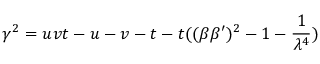
\gamma ^ { 2 } = u v t - u - v - t - t ( ( \beta \beta ^ { \prime } ) ^ { 2 } - 1 - \frac 1 { \lambda ^ { 4 } } )